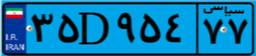
۳۵D۹۵۴۷۷